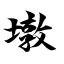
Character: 墩